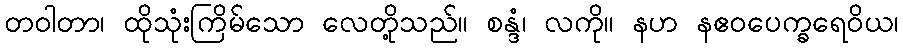
တဝါတာ၊ ထိုသုံးကြိမ်သော လေတို့သည်။ စန္ဒံ၊ လကို။ နဟ နဧဝပေက္ခရေဝိယ၊